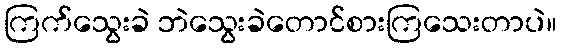
ကြက်သွေးခဲ ဘဲသွေးခဲတောင်စားကြသေးတာပဲ။